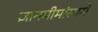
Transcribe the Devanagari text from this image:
ज्ञानमीमांसासे